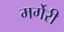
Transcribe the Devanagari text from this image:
मर्गेरी